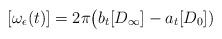
LaTeX: \begin{align*}[\omega_\epsilon(t)] = 2 \pi \big( b_t [D_\infty] - a_t [D_0])\end{align*}